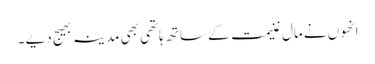
انھوں نے مال غنیمت کے ساتھ ہاتھی بھی مدینہ بھیج دیے ۔